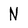
Character: N